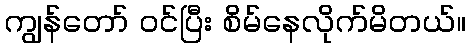
ကျွန်တော် ဝင်ပြီး စိမ်နေလိုက်မိတယ်။